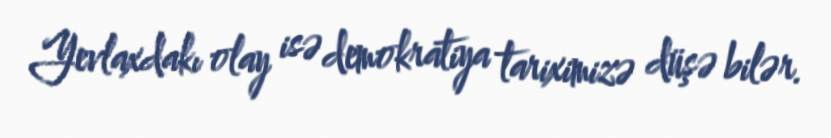
Yevlaxdakı olay isə demokratiya tariximizə düşə bilər.